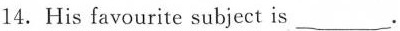
14.His favourite subject is ___.